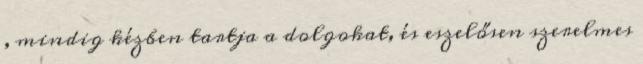
, mindig kézben tartja a dolgokat, és eszelősen szerelmes